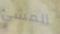
المشي